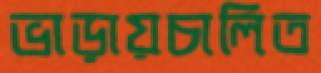
ভাড়ায়চালিত